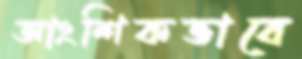
আংশিকভাবে